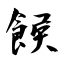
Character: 餱